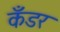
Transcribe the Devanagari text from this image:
कँडर